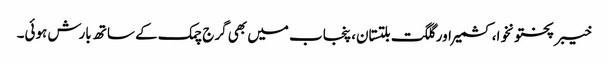
خیبر پختونخوا، کشمیر اور گلگت بلتستان، پنجاب میں بھی گرج چمک کے ساتھ بارش ہوئی۔